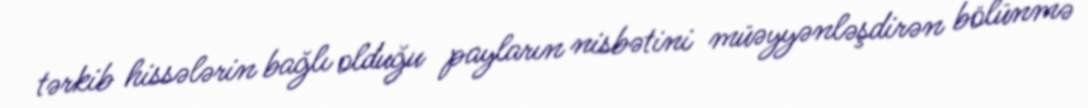
tərkib hissələrin bağlı olduğu payların nisbətini müəyyənləşdirən bölünmə